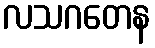
လသဂတေန